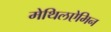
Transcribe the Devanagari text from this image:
मेथिलऐमिन